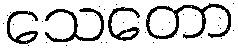
သေတော